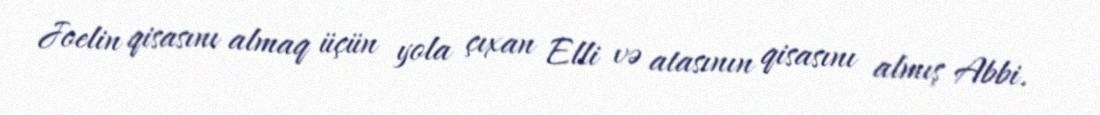
Joelin qisasını almaq üçün yola çıxan Elli və atasının qisasını almış Abbi.